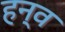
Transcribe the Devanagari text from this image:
हन्व